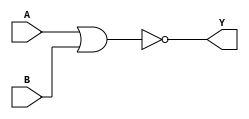
module norg(A,B,Y);
input A,B;
output Y;
assign Y = ~(A | B);
endmodule